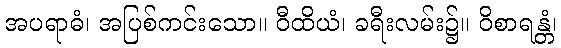
အပရာဓံ၊ အပြစ်ကင်းသော။ ဝီထိယံ၊ ခရီးလမ်း၌။ ဝိစာရန္တံ၊